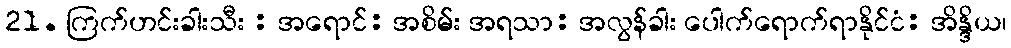
21. ကြက်ဟင်းခါးသီး : အရောင်: အစိမ်း အရသာ: အလွန်ခါး ပေါက်ရောက်ရာနိုင်ငံ: အိန္ဒိယ၊